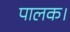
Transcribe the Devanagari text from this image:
पालक।